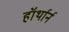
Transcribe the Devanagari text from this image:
हॉर्थार्न